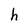
Character: h